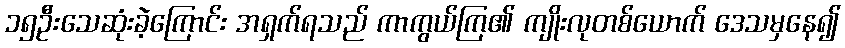
၁၅ဦးသေဆုံးခဲ့ကြောင်း အရှက်ရသည် ကာကွယ်ကြ၏ ကျိုးလုတစ်ယောက် ဒေသမှနေ၍